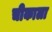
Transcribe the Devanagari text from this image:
चीकाला